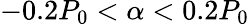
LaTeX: -0.2P_{0}<\alpha<0.2P_{0}